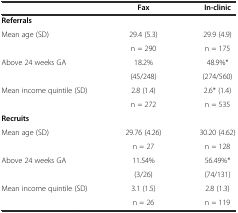
<table><thead><tr><td></td><td><b>Fax</b></td><td><b>In-clinic</b></td></tr></thead><tbody><tr><td><b>Referrals</b></td><td></td><td></td></tr><tr><td rowspan="2">Mean age (SD)</td><td>29.4 (5.3)</td><td>29.9 (4.9)</td></tr><tr><td>n = 290</td><td>n = 175</td></tr><tr><td rowspan="2">Above 24 weeks GA</td><td>18.2%</td><td>48.9%*</td></tr><tr><td>(45/248)</td><td>(274/560)</td></tr><tr><td rowspan="2">Mean income quintile (SD)</td><td>2.8 (1.4)</td><td>2.6* (1.4)</td></tr><tr><td>n = 272</td><td>n = 535</td></tr><tr><td><b>Recruits</b></td><td colspan="2"></td></tr><tr><td rowspan="2">Mean age (SD)</td><td>29.76 (4.26)</td><td>30.20 (4.62)</td></tr><tr><td>n = 27</td><td>n = 128</td></tr><tr><td rowspan="2">Above 24 weeks GA</td><td>11.54%</td><td>56.49%*</td></tr><tr><td>(3/26)</td><td>(74/131)</td></tr><tr><td>Mean income quintile (SD)</td><td>3.1 (1.5)</td><td>2.8 (1.3)</td></tr><tr><td></td><td>n = 26</td><td>n = 119</td></tr></tbody></table>